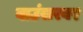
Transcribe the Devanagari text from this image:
बाउंसरवर